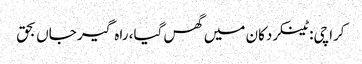
کراچی: ٹینکر دکان میں گھس گیا، راہ گیر جاں بحق